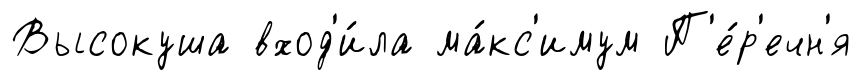
Высокуша вход'и́ла ма́кс'имум П'е́р'ечн'я